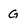
Character: G